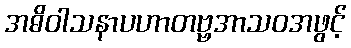
အဓိဝါသနာပဟာတဗ္ဗအာသဝအဖွင့်